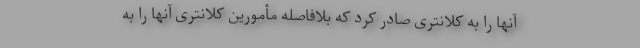
آنها را به کلانتری صادر کرد که بلافاصله مأمورین کلانتری آنها را به